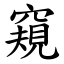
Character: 窺